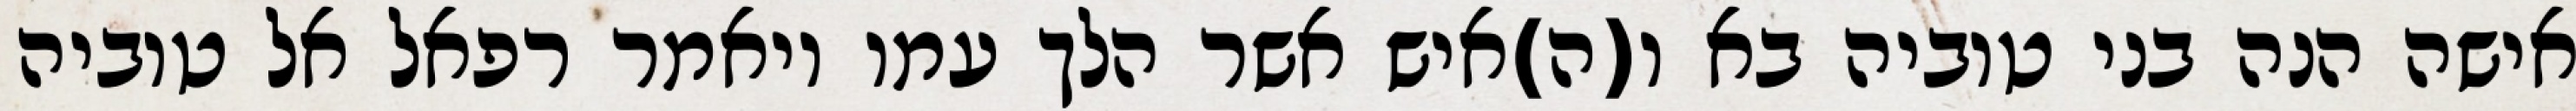
אישה הנה בני טוביה בא ו(ה)איש אשר הלך עמו ויאמר רפאל אל טוביה